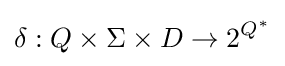
\delta :Q\times \Sigma \times D\rightarrow 2^{Q^{*}}